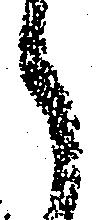
被